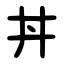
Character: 丼